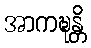
အာကဍ္ဎန္တိ